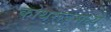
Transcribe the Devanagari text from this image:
कोथरूडमध्ये